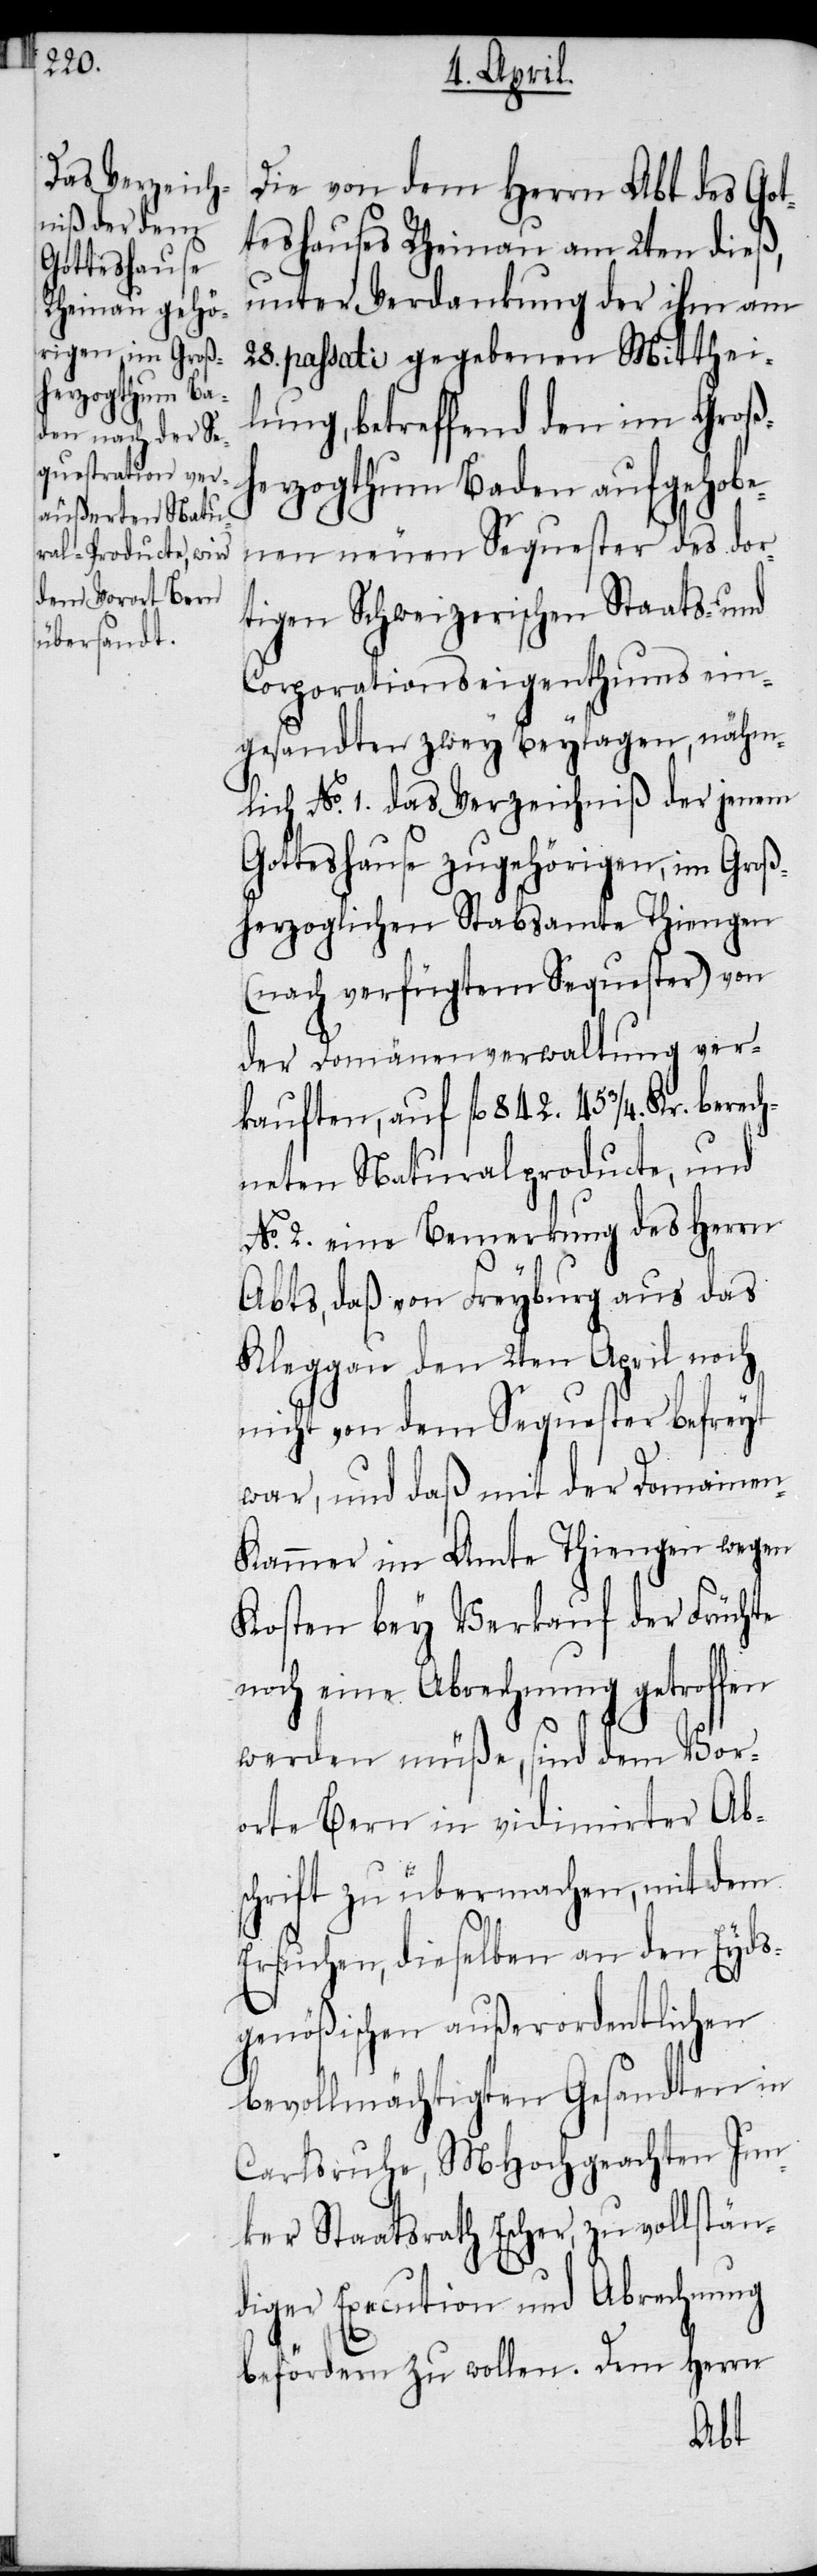
Die von dem Herrn Abt des Got¬
teshauses Rheinau am 2ten dieß,
unter Verdankung der ihm am
28. passati gegebenen Mitthei¬
lung, betreffend den im Groß¬
herzogthum Baden aufgehobe¬
nen neuen Sequester des dor¬
tigen Schweizerischen Staats- und
Corporationseigenthums ein¬
gesandten zwey Beylagen, nähm¬
lich No. 1. das Verzeichniß der jenem
Gotteshause zugehörigen, im Groß¬
herzoglichen Stabsamte Thiengen
(nach verfügtem Sequester) von
der Domänenverwaltung ver¬
kauften, auf fl 842. 45 ¾. Kr. berech¬
neten Naturalproducte, und
No. 2. eine Bemerkung des Herrn
Abts, daß von Freyburg aus das
Kleggau den 2ten April noch
nicht von dem Sequester befreyt
war, und daß mit der Domaine¬
n-Kammer im Amte Thiengen wegen
Kosten bey Verkauf der Früchte
noch eine Abrechnung getroffen
werden müße, sind dem Vor¬
orte Bern in vidimirter Ab¬
schrift zu übermachen, mit dem
Ersuchen, dieselben an den Eyds¬
genößischen außerordentlichen
bevollmächtigten Gesandten in
Carlsruhe, MHochgeachten Jun¬
ker Staatsrath Escher, zu vollstän¬
diger Execution und Abrechnung
befördern zu wollen. Dem Herrn